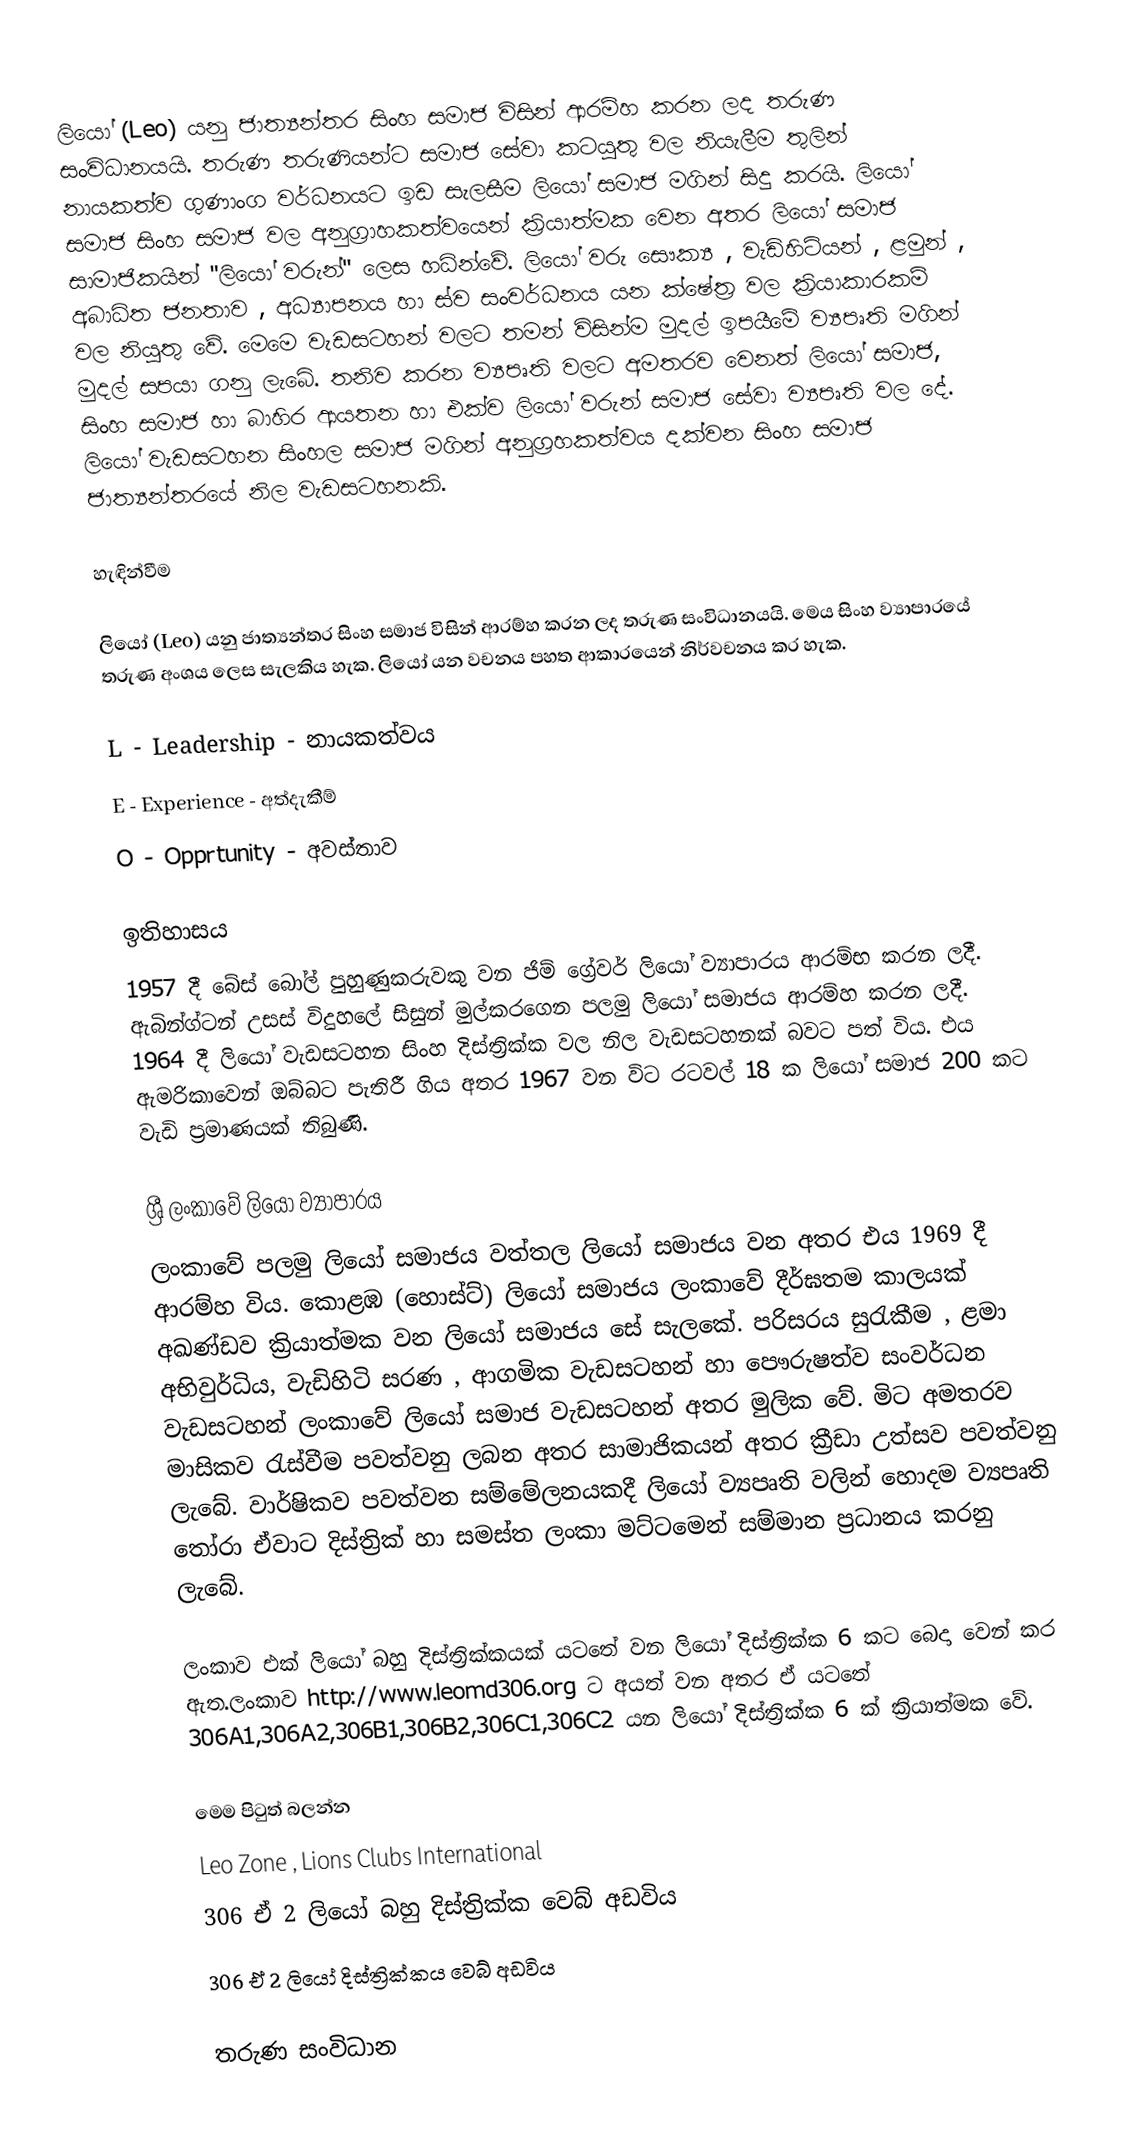
ලියෝ (Leo)  යනු ජාත්‍යන්තර සිංහ සමාජ විසින් ආරම්හ කරන ලද තරුණ සංවිධානයයි. තරුණ තරුණියන්ට සමාජ සේවා කටයුතු වල නියැලීම තුලින් නායකත්ව ගුණාංග වර්ධනයට ඉඩ සැලසීම ලියෝ සමාජ මගින් සිදු කරයි. ලියෝ සමාජ සිංහ සමාජ වල අනුග්‍රාහකත්වයෙන් ක්‍රියාත්මක වෙන අතර ලියෝ සමාජ සාමාජිකයින් "ලියෝ වරුන්" ලෙස හධින්වේ. ලියෝ වරු සෞක්‍ය , වැඩිහිටියන් , ළමුන් , අබාධිත ජනතාව , අධ්‍යාපනය හා ස්ව සංවර්ධනය යන ක්ෂේත්‍ර වල ක්‍රියාකාරකම් වල නියුතු වේ. මෙමෙ වැඩසටහන් වලට තමන් විසින්ම මුදල් ඉපයීමේ ව්‍යපෘති මගින් මුදල් සපයා ගනු ලැබේ. තනිව කරන ව්‍යපෘති වලට අමතරව වෙනත් ලියෝ සමාජ, සිංහ සමාජ හා බාහිර ආයතන හා එක්ව ලියෝ වරුන් සමාජ සේවා ව්‍යපෘති වල දේ. ලියෝ වැඩසටහන සිංහල සමාජ මගින් අනුග්‍රහකත්වය දක්වන සිංහ සමාජ ජාත්‍යන්තරයේ නිල වැඩසටහනකි.

හැඳින්වීම

ලියෝ (Leo)  යනු ජාත්‍යන්තර සිංහ සමාජ විසින් ආරම්හ කරන ලද තරුණ සංවිධානයයි. මෙය සිංහ ව්‍යාපාරයේ තරුණ අංශය ලෙස සැලකිය හැක. ලියෝ යන වචනය පහත ආකාරයෙන් නිර්වචනය කර හැක.

 L - Leadership - නායකත්වය
 E - Experience - අත්දැකීම්
 O - Opprtunity - අවස්තාව

ඉතිහාසය
1957 දී බේස් බෝල් පුහුණුකරුවකු වන ජිම් ග්‍රේවර් ලියෝ ව්‍යාපාරය ආරම්භ කරන ලදී. ඇබින්ග්ටන් උසස් විදුහලේ සිසුන් මුල්කරගෙන පලමු ලියෝ සමාජය ආරම්හ කරන ලදී. 1964 දී ලියෝ වැඩසටහන සිංහ දිස්ත්‍රික්ක වල නිල වැඩසටහනක් බවට පත් විය. එය ඇමරිකාවෙන් ඔබ්බට පැතිරී ගිය අතර 1967 වන විට රටවල් 18 ක ලියෝ සමාජ 200 කට වැඩි ප්‍රමාණයක් තිබුණි.

ශ්‍රී ලංකාවේ ලියෝ ව්‍යාපාරය
ලංකාවේ පලමු ලියෝ සමාජය වත්තල ලියෝ සමාජය වන අතර එය 1969 දී ආරම්හ විය. කොළඹ (හොස්ට්) ලියෝ සමාජය ලංකාවේ දීර්ඝතම කාලයක් අඛණ්ඩව ක්‍රියාත්මක වන ලියෝ සමාජය සේ සැලකේ. පරිසරය සුරැකීම , ළමා අභිවුර්ධිය, වැඩිහිටි සරණ , ආගමික වැඩසටහන් හා පෞරුෂත්ව සංවර්ධන වැඩසටහන් ලංකාවේ ලියෝ සමාජ වැඩසටහන් අතර මුලික වේ.  මිට අමතරව මාසිකව රැස්වීම පවත්වනු ලබන අතර සාමාජිකයන් අතර ක්‍රීඩා උත්සව පවත්වනු ලැබේ. වාර්ෂිකව පවත්වන සම්මේලනයකදී ලියෝ ව්‍යපෘති වලින් හොදම ව්‍යපෘති තෝරා ඒවාට දිස්ත්‍රික් හා සමස්ත ලංකා මට්ටමෙන් සම්මාන ප්‍රධානය කරනු ලැබේ.

ලංකාව එක් ලියෝ බහු දිස්ත්‍රික්කයක් යටතේ වන ලියෝ දිස්ත්‍රික්ක 6 කට බෙදා වෙන් කර ඇත.ලංකාව http://www.leomd306.org ට අයත් වන අතර ඒ යටතේ 306A1,306A2,306B1,306B2,306C1,306C2 යන ලියෝ දිස්ත්‍රික්ක 6 ක් ක්‍රියාත්මක වේ.

මෙම පිටුත් බලන්න
 Leo Zone , Lions Clubs International
 306 ඒ 2 ලියෝ බහු දිස්ත්‍රික්ක වෙබ් අඩවිය
 306 ඒ 2 ලියෝ දිස්ත්‍රික්කය වෙබ් අඩවිය

තරුණ සංවිධාන